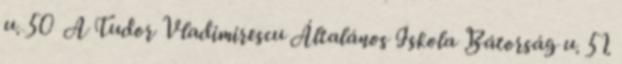
u. 50 A Tudor Vladimirescu Általános Iskola Bátorság u. 51.